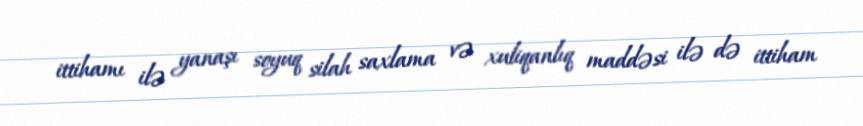
ittihamı ilə yanaşı soyuq silah saxlama və xuliqanlıq maddəsi ilə də ittiham